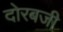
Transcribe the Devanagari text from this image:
दोरबजी